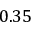
0 . 3 5